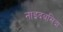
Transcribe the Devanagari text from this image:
नाइदबसिदा